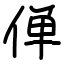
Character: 𫢸